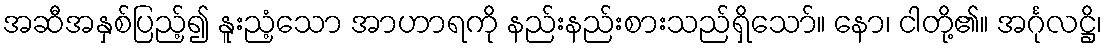
အဆီအနှစ်ပြည့်၍ နူးညံ့သော အာဟာရကို နည်းနည်းစားသည်ရှိသော်။ နော၊ ငါတို့၏။ အင်္ဂုလဋ္ဌိ၊